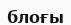
блоғы